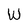
Character: W